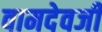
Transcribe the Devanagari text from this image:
वामदेवजी